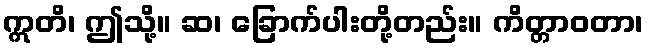
ဣတိ၊ ဤသို့။ ဆ၊ ခြောက်ပါးတို့တည်း။ ကိတ္တာဝတာ၊